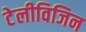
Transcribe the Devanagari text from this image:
टेलीविजिन